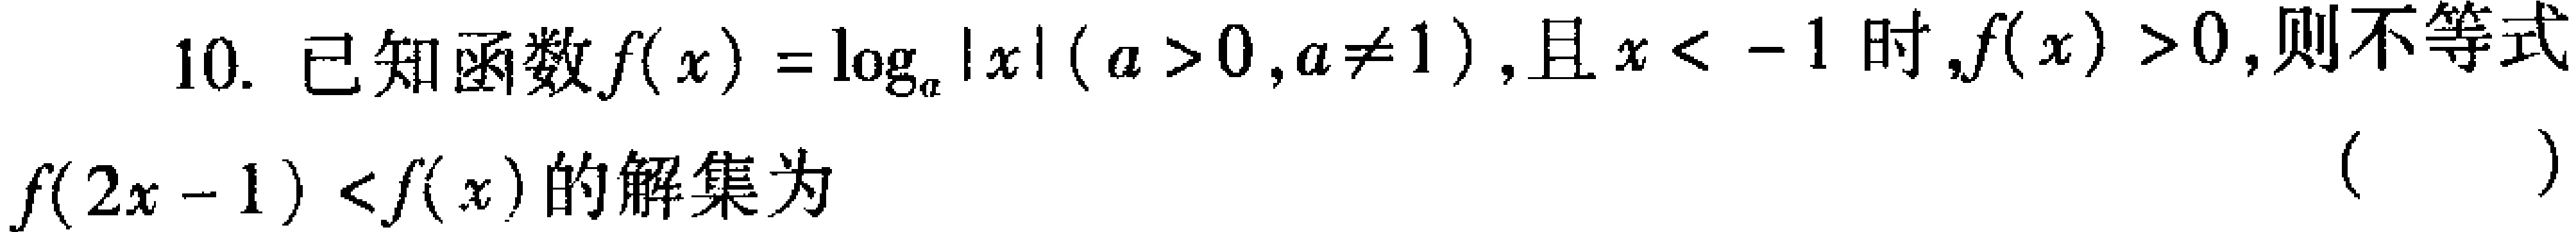
10. 已知函数\(f(x)=\log_{a}|x|(a > 0,a\neq1)\)，且\(x < -1\)时，\(f(x)>0\)，则不等式
\(f(2x - 1) < f(x)\)的解集为 （  ）